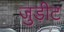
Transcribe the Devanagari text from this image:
जुड़ीट